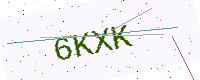
Text: 6KXK